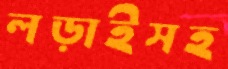
লড়াইসহ